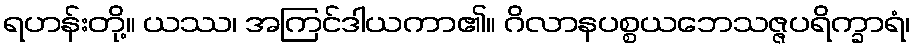
ရဟန်းတို့။ ယဿ၊ အကြင်ဒါယကာ၏။ ဂိလာနပစ္စယဘေသဇ္ဇပရိက္ခာရံ၊